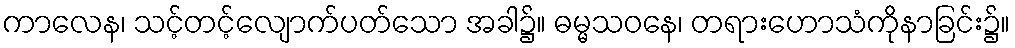
ကာလေန၊ သင့်တင့်လျောက်ပတ်သော အခါ၌။ ဓမ္မသဝနေ၊ တရားဟောသံကိုနာခြင်း၌။